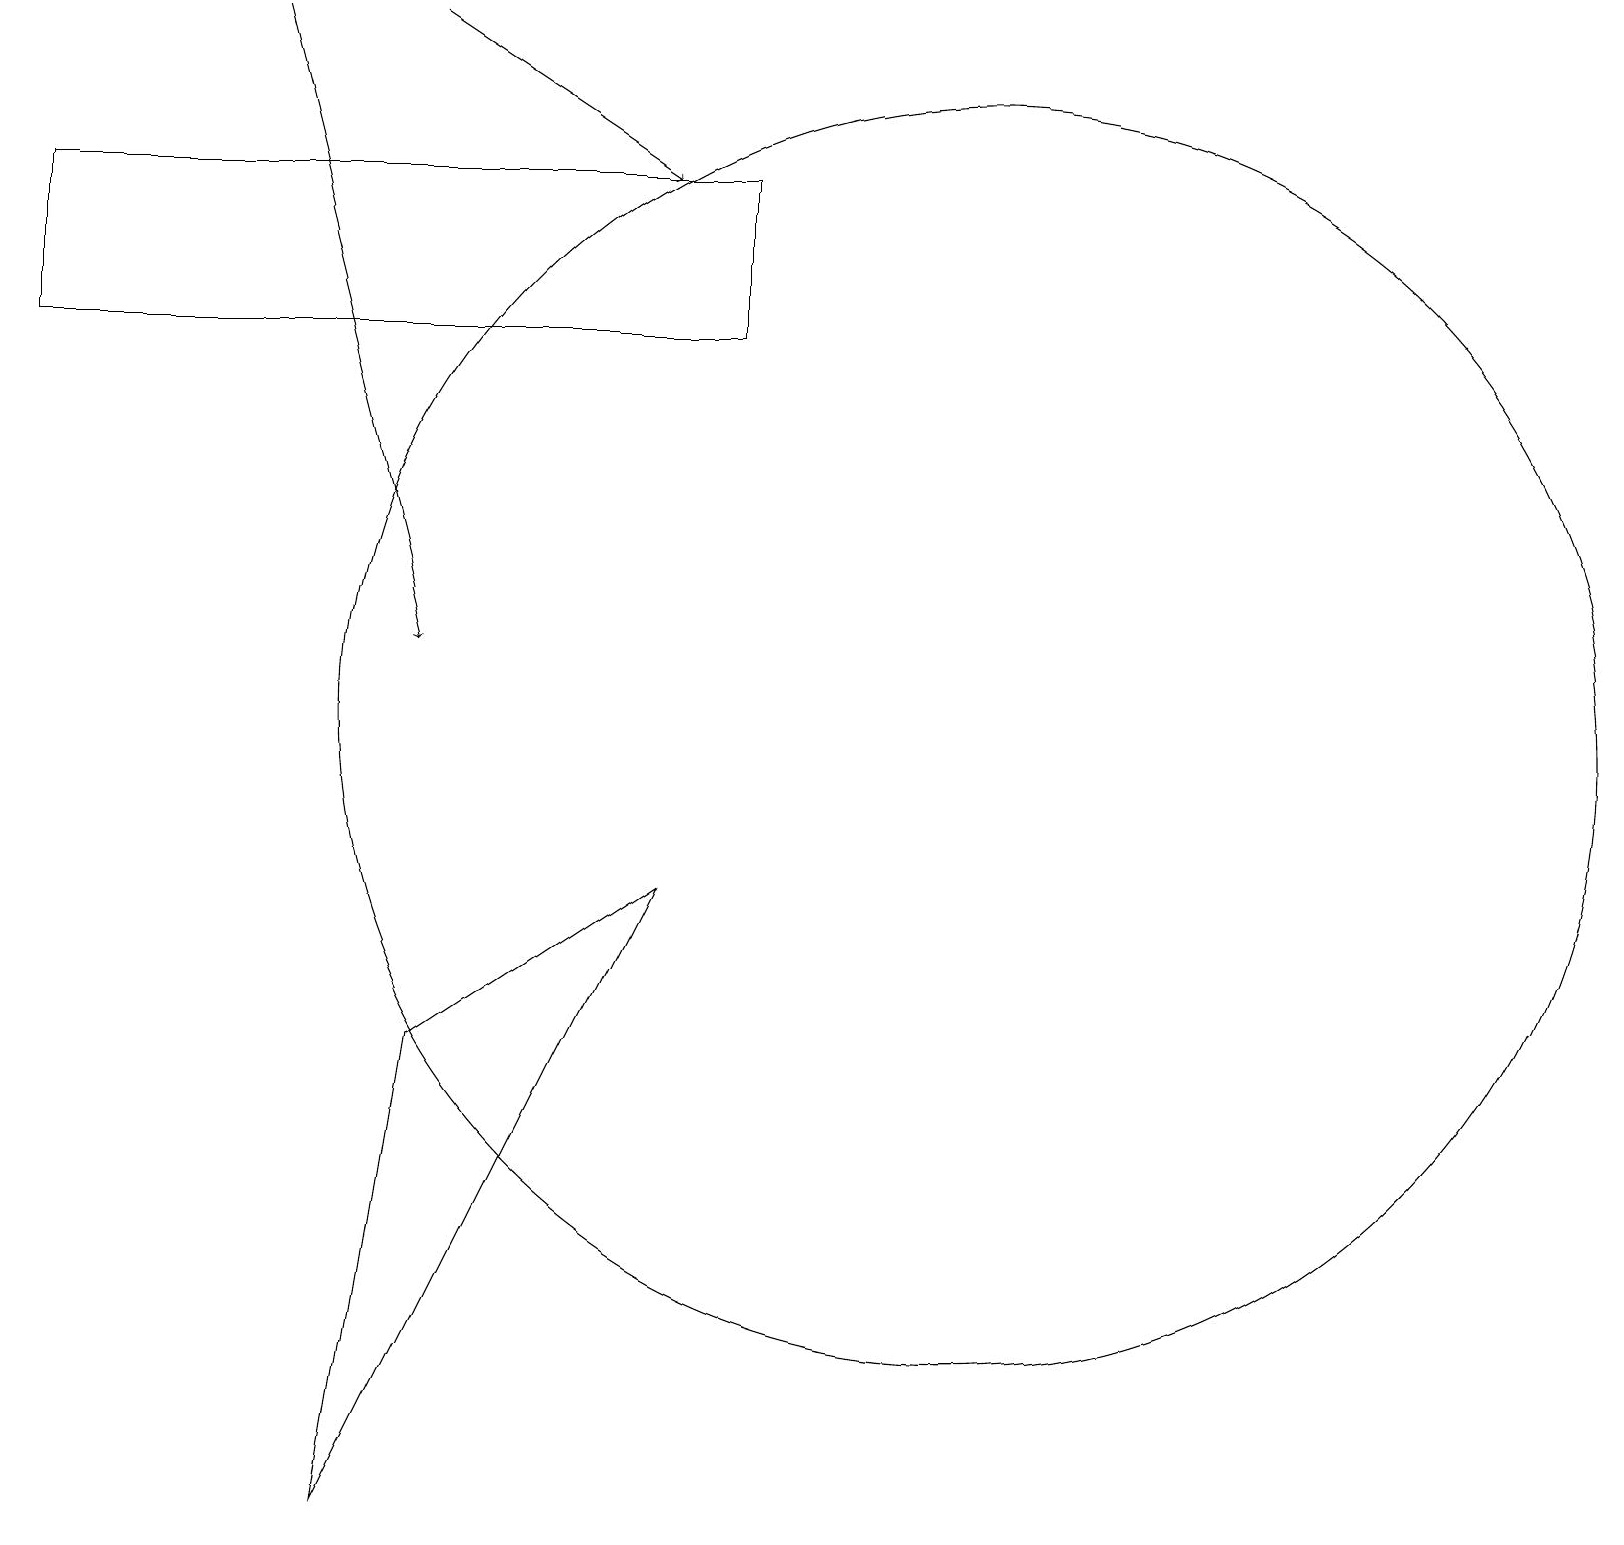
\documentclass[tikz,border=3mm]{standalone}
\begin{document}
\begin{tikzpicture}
\draw (12,10) circle (8);
\draw[->] (5,19) -- (8,17);
\draw (4,0) -- (5,6) -- (8,8) -- cycle;
\draw (9,15) rectangle (0,17);
\draw (12,12) circle (0);
\draw[->] (3,19) -- (5,11);
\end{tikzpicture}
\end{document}